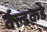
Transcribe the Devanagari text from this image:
र्वल्डकडे